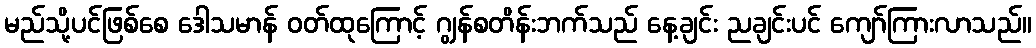
မည်သို့ပင်ဖြစ်စေ ဒေါသမာန် ဝတ်ထုကြောင့် ဂျွန်စတိန်းဘက်သည် နေ့ချင်း ညချင်းပင် ကျော်ကြားလာသည်။